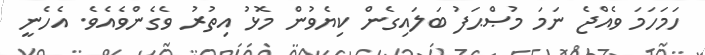
ހަމަހަމަ ވެއްޖެ ނަމަ މުޞްޙަފު ބަލައިގެން ކިޔެވުން މޮޅު އިތުރު ވެގެންވެއެވެ. އެހެނީ